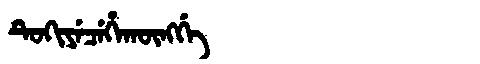
Manchu: ᡨᡠᡴᡳᠶᡝᠴᡝᡥᠠᡴᡡᠩᡤᡝ
Romanization: TUKIYECEHAKŪNGGE